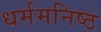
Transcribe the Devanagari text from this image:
धर्ममनिष्ठ